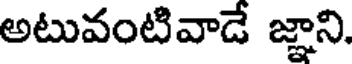
అటువంటివాడే జ్ఞాని.